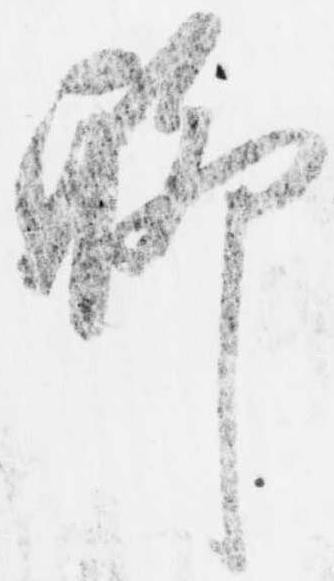
聊